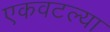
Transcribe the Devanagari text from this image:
एकवटल्या